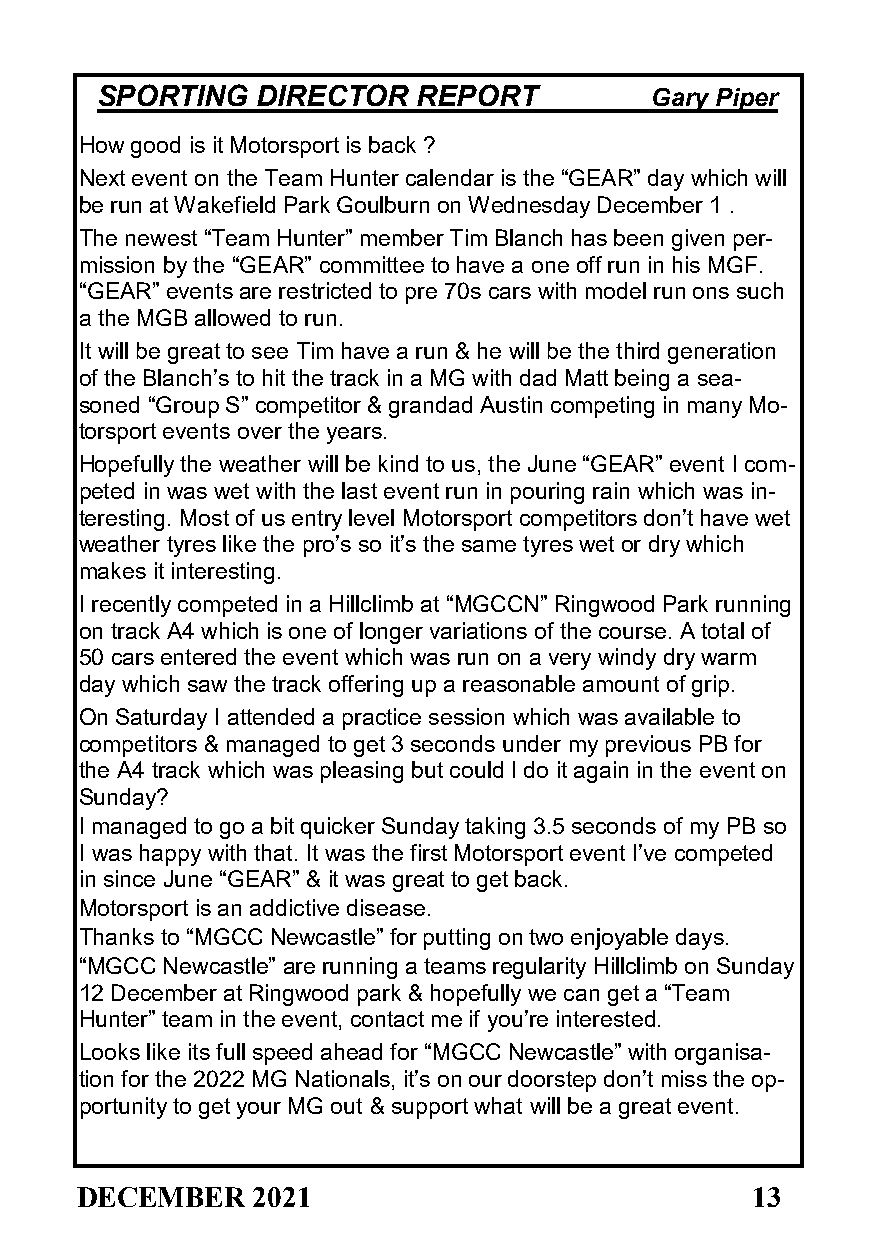
SPORTING   DIRECTOR   REPORT         Gary Piper
 How good is it Motorsport is back ?
 Next event on the Team Hunter calendar is the “GEAR” day which will
 be run at Wakefield Park Goulburn on Wednesday December 1 .
 The newest “Team Hunter” member Tim Blanch has been given per-
 mission by the “GEAR” committee to have a one off run in his MGF.
 “GEAR” events are restricted to pre 70s cars with model run ons such
 a the MGB allowed to run.
 It will be great to see Tim have a run & he will be the third generation
 of the Blanch’s to hit the track in a MG with dad Matt being a sea-
 soned “Group S” competitor & grandad Austin competing in many Mo-
 torsport events over the years.
 Hopefully the weather will be kind to us, the June “GEAR” event I com-
 peted in was wet with the last event run in pouring rain which was in-
 teresting. Most of us entry level Motorsport competitors don’t have wet
 weather tyres like the pro’s so it’s the same tyres wet or dry which
 makes it interesting.
 I recently competed in a Hillclimb at “MGCCN” Ringwood Park running
 on track A4 which is one of longer variations of the course. A total of
 50 cars entered the event which was run on a very windy dry warm
 day which saw the track offering up a reasonable amount of grip.
 On Saturday I attended a practice session which was available to
 competitors & managed to get 3 seconds under my previous PB for
 the A4 track which was pleasing but could I do it again in the event on
 Sunday?
 I managed to go a bit quicker Sunday taking 3.5 seconds of my PB so
 I was happy with that. It was the first Motorsport event I’ve competed
 in since June “GEAR” & it was great to get back.
 Motorsport is an addictive disease.
 Thanks to “MGCC Newcastle” for putting on two enjoyable days.
 “MGCC Newcastle” are running a teams regularity Hillclimb on Sunday
 12 December at Ringwood park & hopefully we can get a “Team
 Hunter” team in the event, contact me if you’re interested.
 Looks like its full speed ahead for “MGCC Newcastle” with organisa-
 tion for the 2022 MG Nationals, it’s on our doorstep don’t miss the op-
 portunity to get your MG out & support what will be a great event.
 DECEMBER    2021                             13